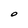
Character: O